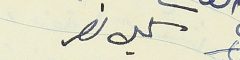
كميل نصر